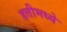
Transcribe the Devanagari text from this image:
हत्तीमध्ये